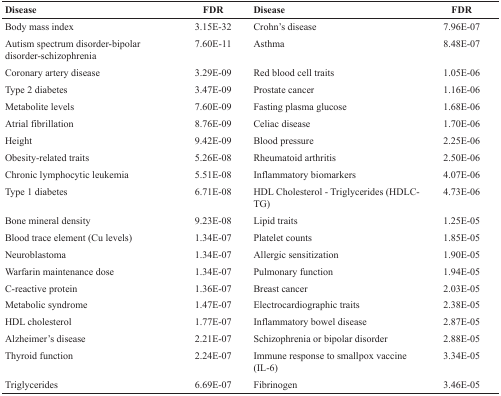
<table><thead><tr><td><b>Disease</b></td><td><b>FDR</b></td><td><b>Disease</b></td><td><b>FDR</b></td></tr></thead><tbody><tr><td>Body mass index</td><td>3.15E-32</td><td>Crohn’s disease</td><td>7.96E-07</td></tr><tr><td>Autism spectrum disorder-bipolar disorder-schizophrenia</td><td>7.60E-11</td><td>Asthma</td><td>8.48E-07</td></tr><tr><td>Coronary artery disease</td><td>3.29E-09</td><td>Red blood cell traits</td><td>1.05E-06</td></tr><tr><td>Type 2 diabetes</td><td>3.47E-09</td><td>Prostate cancer</td><td>1.16E-06</td></tr><tr><td>Metabolite levels</td><td>7.60E-09</td><td>Fasting plasma glucose</td><td>1.68E-06</td></tr><tr><td>Atrial fibrillation</td><td>8.76E-09</td><td>Celiac disease</td><td>1.70E-06</td></tr><tr><td>Height</td><td>9.42E-09</td><td>Blood pressure</td><td>2.25E-06</td></tr><tr><td>Obesity-related traits</td><td>5.26E-08</td><td>Rheumatoid arthritis</td><td>2.50E-06</td></tr><tr><td>Chronic lymphocytic leukemia</td><td>5.51E-08</td><td>Inflammatory biomarkers</td><td>4.07E-06</td></tr><tr><td>Type 1 diabetes</td><td>6.71E-08</td><td>HDL Cholesterol - Triglycerides (HDLC-TG)</td><td>4.73E-06</td></tr><tr><td>Bone mineral density</td><td>9.23E-08</td><td>Lipid traits</td><td>1.25E-05</td></tr><tr><td>Blood trace element (Cu levels)</td><td>1.34E-07</td><td>Platelet counts</td><td>1.85E-05</td></tr><tr><td>Neuroblastoma</td><td>1.34E-07</td><td>Allergic sensitization</td><td>1.90E-05</td></tr><tr><td>Warfarin maintenance dose</td><td>1.34E-07</td><td>Pulmonary function</td><td>1.94E-05</td></tr><tr><td>C-reactive protein</td><td>1.36E-07</td><td>Breast cancer</td><td>2.03E-05</td></tr><tr><td>Metabolic syndrome</td><td>1.47E-07</td><td>Electrocardiographic traits</td><td>2.38E-05</td></tr><tr><td>HDL cholesterol</td><td>1.77E-07</td><td>Inflammatory bowel disease</td><td>2.87E-05</td></tr><tr><td>Alzheimer’s disease</td><td>2.21E-07</td><td>Schizophrenia or bipolar disorder</td><td>2.88E-05</td></tr><tr><td>Thyroid function</td><td>2.24E-07</td><td>Immune response to smallpox vaccine (IL-6)</td><td>3.34E-05</td></tr><tr><td>Triglycerides</td><td>6.69E-07</td><td>Fibrinogen</td><td>3.46E-05</td></tr></tbody></table>